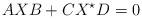
LaTeX: \begin{align*}AXB+CX^\star D=0\end{align*}